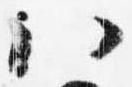
八